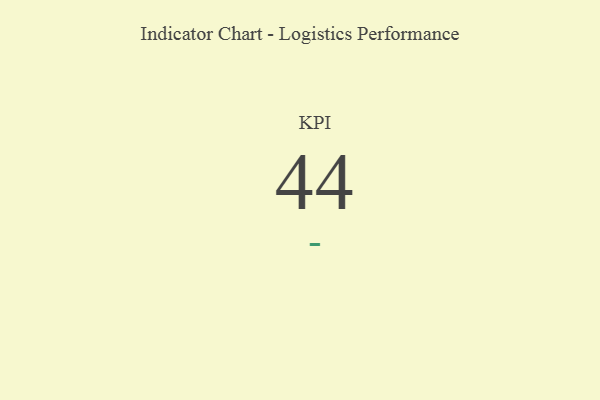
{"axis": {"x": "KPI", "y": "Value"}, "legend": [""], "data": [{"x": "KPI", "y": 44, "type": ""}]}